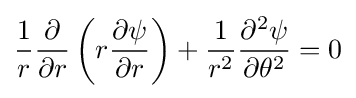
{\frac {1}{r}}{\frac {\partial }{\partial r}}\left(r{\frac {\partial \psi }{\partial r}}\right)+{\frac {1}{r^{2}}}{\frac {\partial ^{2}\psi }{\partial \theta ^{2}}}=0